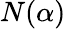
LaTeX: N(\alpha)